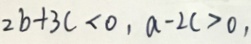
2 b + 3 c < 0 , a - 2 c > 0 ,